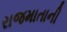
રાજમાતાની